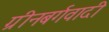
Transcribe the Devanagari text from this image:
ग्रीनबर्गवादी